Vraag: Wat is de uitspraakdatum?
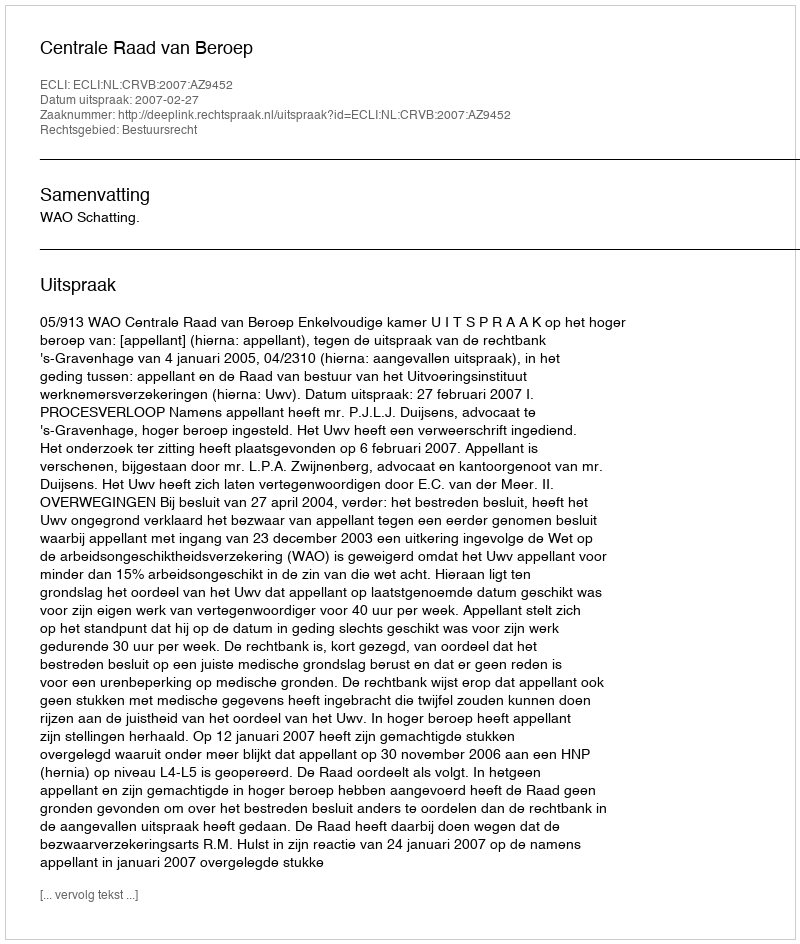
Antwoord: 2007-02-27